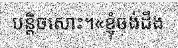
បន្តិចសោះ។«ខ្ញុំចង់ដឹង